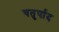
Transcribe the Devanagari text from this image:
चतुर्पाद